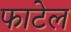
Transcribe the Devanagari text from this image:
फाटेल